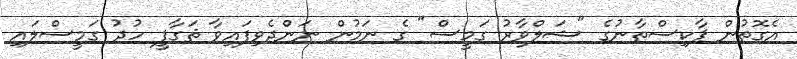
އެގޮތުން ޕާކިސްތާނުގެ "ޝަލްވާރު ގަމީސް" ގެ ނަމުން ނަންދެވިފައިވާ ޘަގާފީ ހުދު ގަމީސްލައި